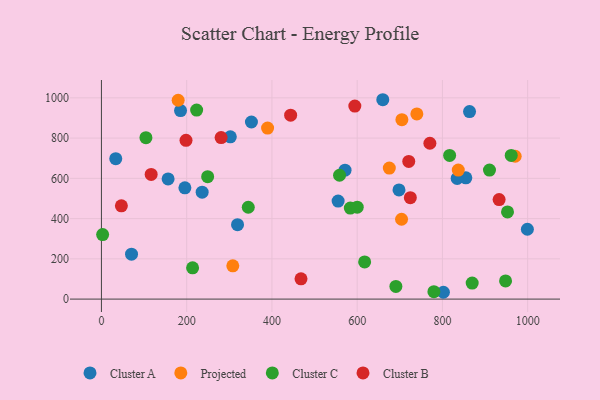
{"axis": {"x": "Experience", "y": "Yield"}, "legend": ["Cluster A", "Cluster B", "Cluster C", "Projected"], "data": [{"x": "33.6", "y": 698.0, "type": "Cluster A"}, {"x": "660.1", "y": 990.7, "type": "Cluster A"}, {"x": "195.8", "y": 552.9, "type": "Cluster A"}, {"x": "571.5", "y": 640.6, "type": "Cluster A"}, {"x": "351.9", "y": 880.1, "type": "Cluster A"}, {"x": "319.3", "y": 370.0, "type": "Cluster A"}, {"x": "802.3", "y": 33.9, "type": "Cluster A"}, {"x": "302.4", "y": 806.4, "type": "Cluster A"}, {"x": "555.3", "y": 487.0, "type": "Cluster A"}, {"x": "854.9", "y": 602.6, "type": "Cluster A"}, {"x": "236.3", "y": 531.3, "type": "Cluster A"}, {"x": "999.3", "y": 347.1, "type": "Cluster A"}, {"x": "70.6", "y": 223.3, "type": "Cluster A"}, {"x": "698.1", "y": 542.5, "type": "Cluster A"}, {"x": "863.6", "y": 931.6, "type": "Cluster A"}, {"x": "185.6", "y": 936.8, "type": "Cluster A"}, {"x": "156.4", "y": 597.0, "type": "Cluster A"}, {"x": "834.6", "y": 599.6, "type": "Cluster A"}, {"x": "675.4", "y": 651.3, "type": "Projected"}, {"x": "970.7", "y": 709.9, "type": "Projected"}, {"x": "837.2", "y": 641.3, "type": "Projected"}, {"x": "308.2", "y": 165.5, "type": "Projected"}, {"x": "704.9", "y": 891.4, "type": "Projected"}, {"x": "704.1", "y": 396.8, "type": "Projected"}, {"x": "180.0", "y": 988.1, "type": "Projected"}, {"x": "389.8", "y": 849.8, "type": "Projected"}, {"x": "740.0", "y": 920.3, "type": "Projected"}, {"x": "344.5", "y": 456.3, "type": "Cluster C"}, {"x": "780.0", "y": 36.8, "type": "Cluster C"}, {"x": "213.9", "y": 155.3, "type": "Cluster C"}, {"x": "961.4", "y": 713.9, "type": "Cluster C"}, {"x": "104.4", "y": 802.3, "type": "Cluster C"}, {"x": "2.8", "y": 320.7, "type": "Cluster C"}, {"x": "223.4", "y": 939.1, "type": "Cluster C"}, {"x": "952.7", "y": 433.3, "type": "Cluster C"}, {"x": "558.6", "y": 615.5, "type": "Cluster C"}, {"x": "617.5", "y": 184.8, "type": "Cluster C"}, {"x": "249.2", "y": 608.4, "type": "Cluster C"}, {"x": "816.9", "y": 714.0, "type": "Cluster C"}, {"x": "583.9", "y": 452.4, "type": "Cluster C"}, {"x": "869.8", "y": 79.6, "type": "Cluster C"}, {"x": "948.1", "y": 90.1, "type": "Cluster C"}, {"x": "910.4", "y": 641.0, "type": "Cluster C"}, {"x": "690.8", "y": 63.0, "type": "Cluster C"}, {"x": "600.1", "y": 457.0, "type": "Cluster C"}, {"x": "116.7", "y": 619.6, "type": "Cluster B"}, {"x": "198.4", "y": 789.1, "type": "Cluster B"}, {"x": "443.9", "y": 913.8, "type": "Cluster B"}, {"x": "724.7", "y": 504.2, "type": "Cluster B"}, {"x": "468.2", "y": 100.6, "type": "Cluster B"}, {"x": "721.0", "y": 684.2, "type": "Cluster B"}, {"x": "933.0", "y": 494.4, "type": "Cluster B"}, {"x": "280.8", "y": 802.7, "type": "Cluster B"}, {"x": "770.6", "y": 774.5, "type": "Cluster B"}, {"x": "46.8", "y": 463.5, "type": "Cluster B"}, {"x": "594.5", "y": 959.0, "type": "Cluster B"}]}